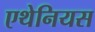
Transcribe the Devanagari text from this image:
एथेनियस